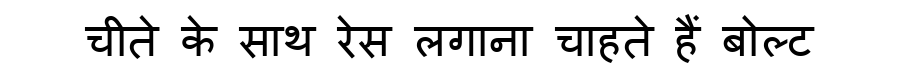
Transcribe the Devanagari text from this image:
चीते के साथ रेस लगाना चाहते हैं बोल्ट